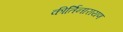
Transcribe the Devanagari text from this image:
कीर्तिनारायण